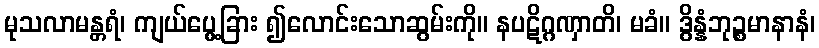
မုသလာမန္တရံ၊ ကျယ်ပွေ့ခြား ၍လောင်းသောဆွမ်းကို။ နပဋိဂ္ဂဏှာတိ၊ မခံ။ ဒွိန္နံဘုဉ္စမာနာနံ၊